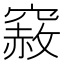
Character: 𥨅